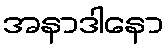
အနာဒါနော